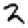
Digit: 2